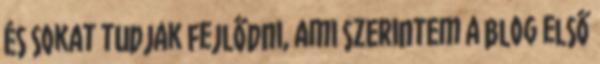
és sokat tudjak fejlődni, ami szerintem a blog első